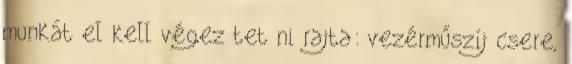
munkát el kell végez tet ni rajta: vezérműszíj csere,